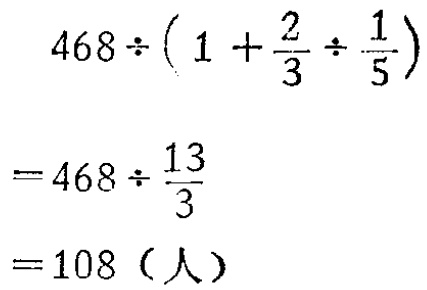
8. 已知\(A(2,5, - 6)\)，在\(xOy\)平面上存在点\(B\)，使得\(\vert AB\vert = 3\sqrt{5}\)，则点\(B\)到原点的最短距离为  。